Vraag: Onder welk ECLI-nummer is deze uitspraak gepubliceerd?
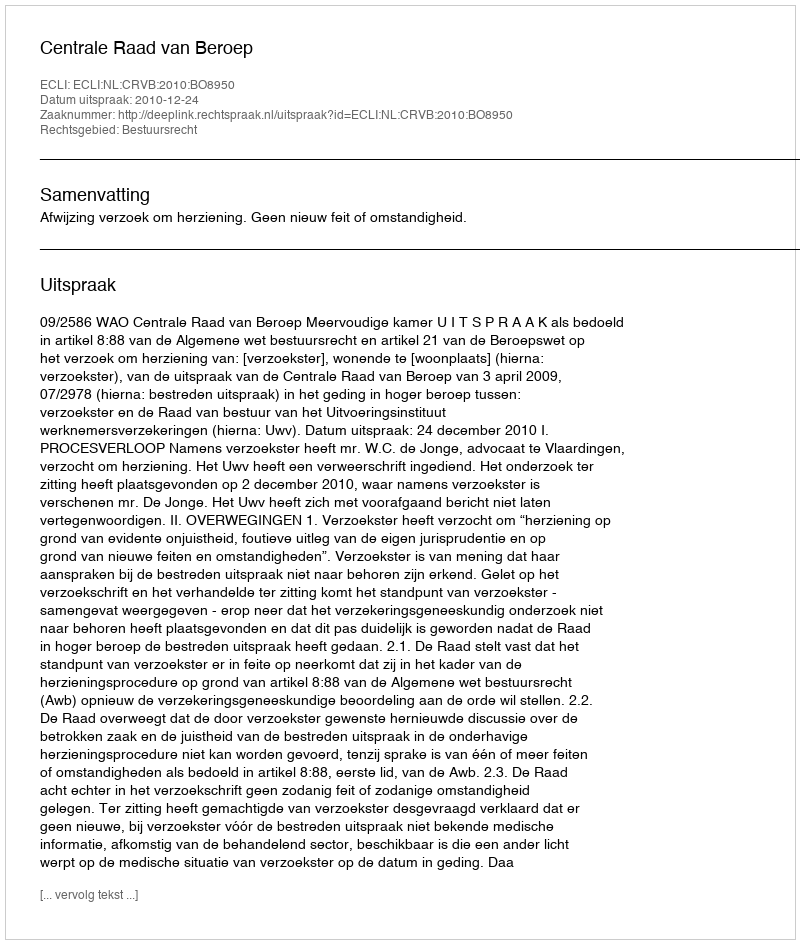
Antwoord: ECLI:NL:CRVB:2010:BO8950